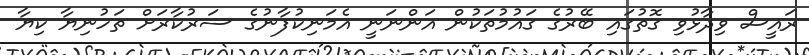
ރައީސް ވިދާޅުވި ގޮތުގައި ބޭރުގެ ގައުމުތަކުން އަންނަނީ އެމަނިކުފާނުގެ ސަރުކާރަށް ތަހުނިޔާ ކިޔާ